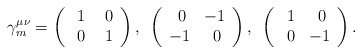
\begin{align*} \gamma^{\mu\nu}_m = \left( \begin{array}{cc} ~1 & ~0 \\ ~0 & ~1 \end{array} \right),~ \left( \begin{array}{cc} ~0 & -1 \\ -1 & ~0 \end{array} \right),~ \left( \begin{array}{cc} ~1 & ~0 \\ ~0 & -1 \end{array} \right).\end{align*}